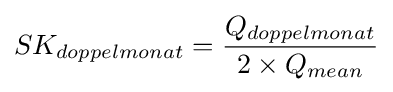
SK_{doppelmonat}={Q_{doppelmonat} \over {2\times Q_{mean}}}